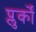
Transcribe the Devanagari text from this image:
प्लुर्कों